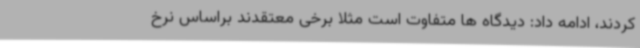
کردند، ادامه داد: دیدگاه ها متفاوت است مثلا برخی معتقدند براساس نرخ